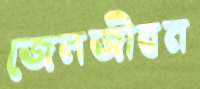
জেলজীবন